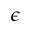
\epsilon